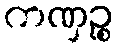
ကဏှဉ္စ